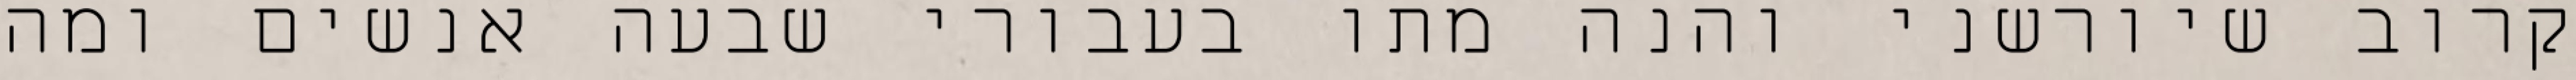
קרוב שיורשני והנה מתו בעבורי שבעה אנשים ומה